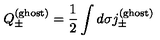
Q _ { \pm } ^ { ( \mathrm { g h o s t ) } } = \frac 1 2 \int d \sigma j _ { \pm } ^ { ( \mathrm { g h o s t ) } }